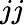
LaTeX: jj